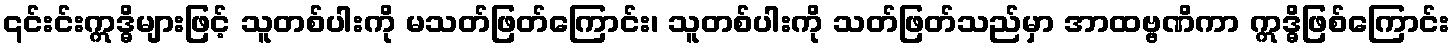
၎င်းင်းဣဒ္ဓိများဖြင့် သူတစ်ပါးကို မသတ်ဖြတ်ကြောင်း၊ သူတစ်ပါးကို သတ်ဖြတ်သည်မှာ အာထဗ္ဗဏိကာ ဣဒ္ဓိဖြစ်ကြောင်း